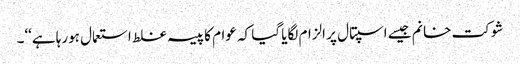
شوکت خانم جیسے اسپتال پر الزام لگایا گیا کہ عوام کا پیسہ غلط استعمال ہورہا ہے‘‘۔